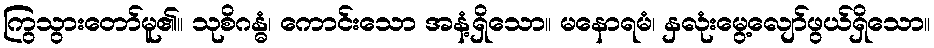
ကြွသွားတော်မူ၏။ သုစိဂန္ဓံ၊ ကောင်းသော အနံ့ရှိသော။ မနောရမံ၊ နှလုံးမွေ့လျော်ဖွယ်ရှိသော။